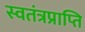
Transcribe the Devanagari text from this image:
स्वतंत्रप्राप्ति